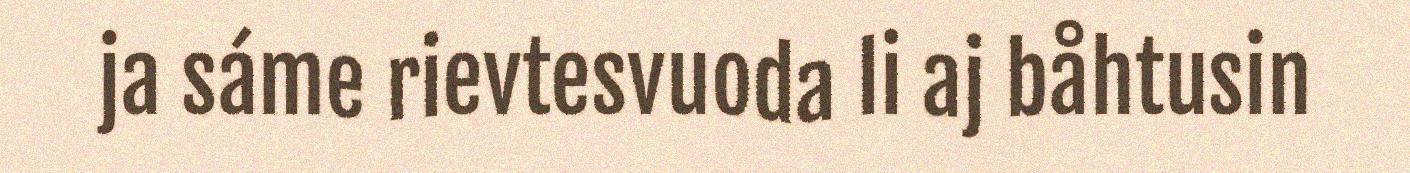
ja sáme rievtesvuoda li aj båhtusin